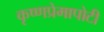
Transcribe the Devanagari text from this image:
कृष्णप्रेमापोटी